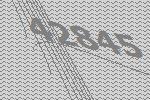
42845